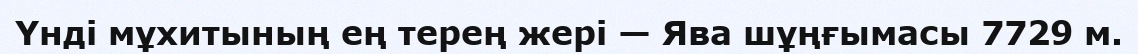
Үнді мұхитының ең терең жері — Ява шұңғымасы 7729 м.